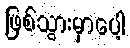
ဖြစ်သွားမှာပေါ့